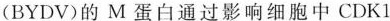
(BYDV)的M蛋白通过影响细胞中CDK1